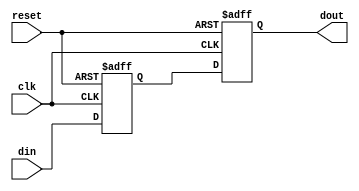
module TwoFFMetastabilityDetector (
    input wire clk,          // Clock signal
    input wire reset,        // Asynchronous reset signal
    input wire din,          // Input signal to be monitored
    output reg dout          // Stabilized output signal
);

// First flip-flop to sample the input signal
reg ff1;
always @(posedge clk or posedge reset) begin
    if (reset) begin
        ff1 <= 1'b0;       // Reset FF1 to known state
    end else begin
        ff1 <= din;        // Sample the input signal
    end
end

// Second flip-flop to sample the output of the first flip-flop
always @(posedge clk or posedge reset) begin
    if (reset) begin
        dout <= 1'b0;      // Reset Dout to known state
    end else begin
        dout <= ff1;       // Sample the output of FF1
    end
end

endmodule